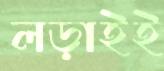
লড়াইই